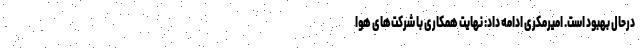
درحال بهبود است. امیرمکری ادامه داد: نهایت همکاری با شرکت‌های هوا